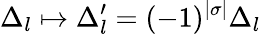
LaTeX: \Delta_{l}\mapsto\Delta_{l}^{\prime}=(-1)^{|\sigma|}\Delta_{l}